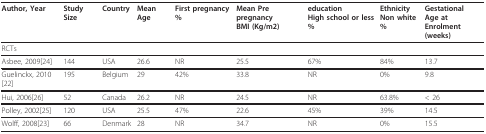
<table><thead><tr><td><b>Author, Year</b></td><td><b>Study Size</b></td><td><b>Country</b></td><td><b>Mean Age</b></td><td><b>First pregnancy%</b></td><td><b>Mean Pre pregnancyBMI (Kg/m2)</b></td><td><b>educationHigh school or less%</b></td><td><b>EthnicityNon white%</b></td><td><b>Gestational Age atEnrolment (weeks)</b></td></tr></thead><tbody><tr><td colspan="9">RCTs</td></tr><tr><td>Asbee, 2009[24]</td><td>144</td><td>USA</td><td>26.6</td><td>NR</td><td>25.5</td><td>67%</td><td>84%</td><td>13.7</td></tr><tr><td>Guelinckx, 2010[22]</td><td>195</td><td>Belgium</td><td>29</td><td>42%</td><td>33.8</td><td>NR</td><td>0%</td><td>9.8</td></tr><tr><td>Hui, 2006[26]</td><td>52</td><td>Canada</td><td>26.2</td><td>NR</td><td>24.5</td><td>NR</td><td>63.8%</td><td>&lt; 26</td></tr><tr><td>Polley, 2002[25]</td><td>120</td><td>USA</td><td>25.5</td><td>47%</td><td>22.6</td><td>45%</td><td>39%</td><td>14.5</td></tr><tr><td>Wolff, 2008[23]</td><td>66</td><td>Denmark</td><td>28</td><td>NR</td><td>34.7</td><td>NR</td><td>0%</td><td>15.5</td></tr></tbody></table>